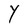
Character: Y